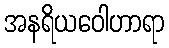
အနရိယဝေါဟာရာ